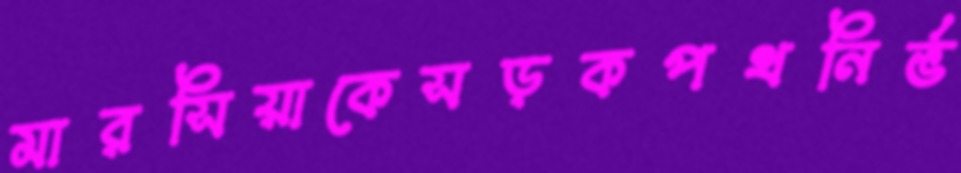
মারসিয়াকেসড়কপথনির্ভ